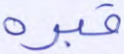
قبره